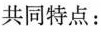
共同特点: